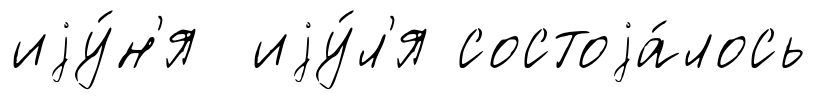
иjу́н'я иjу́л'я состоjа́лось